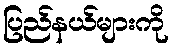
ပြည်နယ်များကို